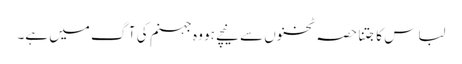
لباس کا جتنا حصہ ٹخنوں سے نیچے ہو وہ جہنم کی آگ میں ہے۔